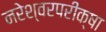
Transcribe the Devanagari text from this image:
नरेश्वरपरीक्षा